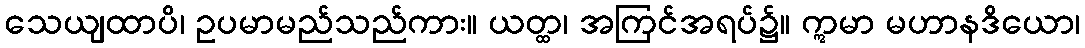
သေယျထာပိ၊ ဥပမာမည်သည်ကား။ ယတ္ထ၊ အကြင်အရပ်၌။ ဣမာ မဟာနဒိယော၊